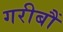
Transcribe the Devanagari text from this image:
गरीबौं